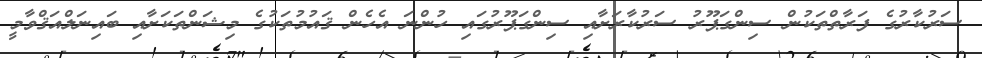
ސަރުކާރުގެ ފަރާތްތަކުން ސިންގަޕޫރު ސަރުކާރަށާއި ސިންގަޕޫރުގައި ހުންނަ އެހެން ޤައުމުތަކުގެ މިޝަންތަކަށާއި ބައިނަލްއަޤްވާމީ